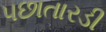
પછાતારડી